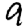
Digit: 9